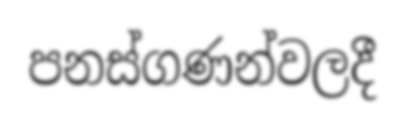
පනස්ගණන්වලදී